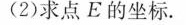
(2)求点E的坐标.